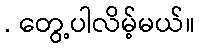
. တွေ့ပါလိမ့်မယ်။